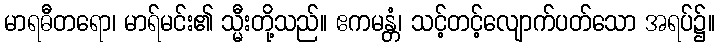
မာရဓီတရော၊ မာရ်မင်း၏ သ္မီးတို့သည်။ ဧကမန္တံ၊ သင့်တင့်လျောက်ပတ်သော အရပ်၌။